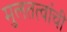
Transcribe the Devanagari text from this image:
मुलतत्वांची